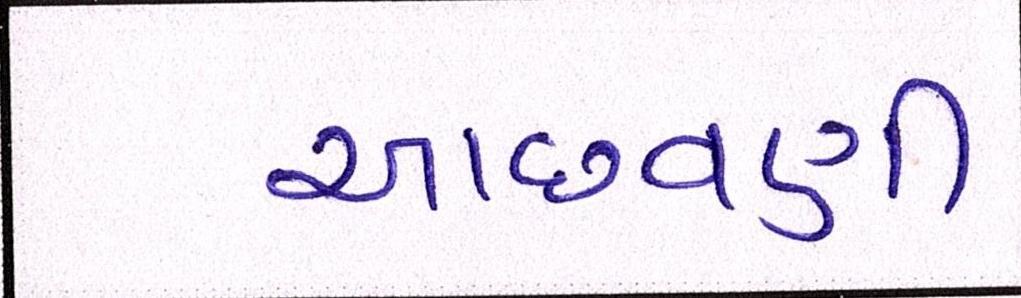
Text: આછવણી